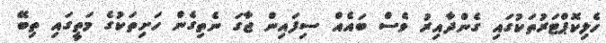
ހެލިކޮޕްޓަރުތަކުގައި ގެންދާއިރު ވެސް ބައެއް ސިފައިން ޖާގަ ނެތިގެން ހަށިތަކުގެ މަތީގައި ތިބޭ